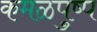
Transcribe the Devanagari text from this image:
कमळपुष्प